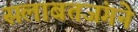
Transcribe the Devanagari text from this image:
सलाबतजंगने